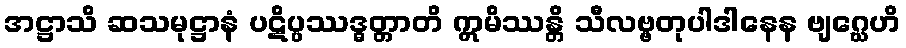
အဋ္ဌာသိ ဆသမုဋ္ဌာနံ ပဋိပ္ပဿဒ္ဓတ္တာတိ ဣမိဿန္တိ သီလဗ္ဗတုပါဒါနေန ဗျဂ္ဃေဟိ